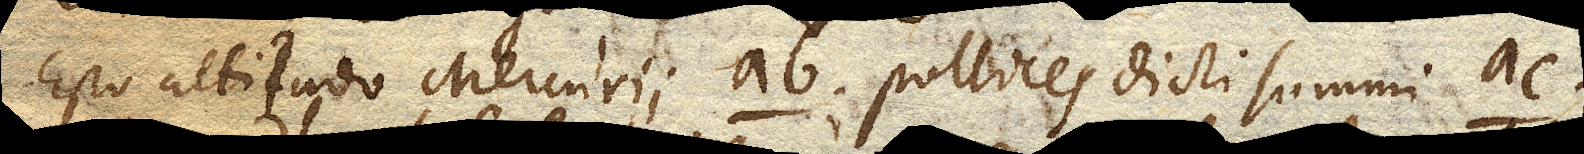
Esto altitudo Mercuriiab pollices dicti summi ac